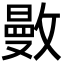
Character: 𢿜